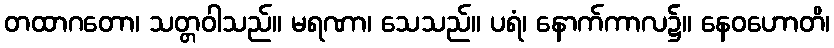
တထာဂတော၊ သတ္တဝါသည်။ မရဏာ၊ သေသည်။ ပရံ၊ နောက်ကာလ၌။ နေဝဟောတိ၊